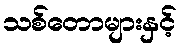
သစ်တောများနှင့်